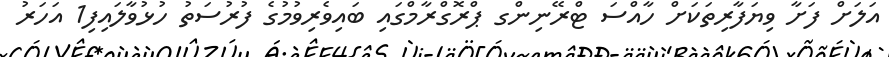
އަލަށް ފަށާ ވިޔަފާރިތަކަށް ހާއްސަ ޓްރޭނިންގ ޕްރޮގްރާމްގައި ބައިވެރިވުމުގެ ފުރުސަތު ހުޅުވާލައިފި1 އަހަރު